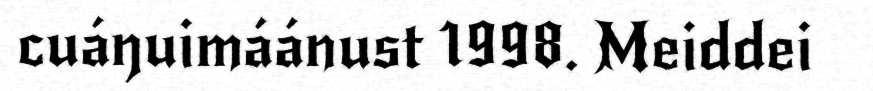
cuáŋuimáánust 1998. Meiddei